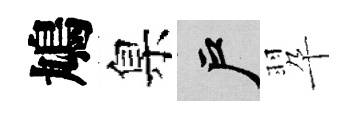
鳩臬户翆